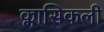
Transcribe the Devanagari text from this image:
क्लासिकली